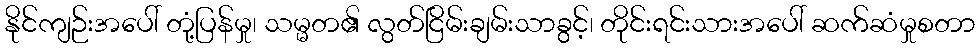
နိုင်ကျဉ်းအပေါ် တုံ့ပြန်မှု၊ သမ္မတ၏ လွတ်ငြိမ်းချမ်းသာခွင့်၊ တိုင်းရင်းသားအပေါ် ဆက်ဆံမှုစတာ